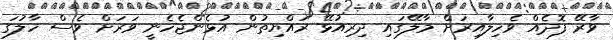
ވާރޭ ފޮދެއް ވެހިލާއިރަށް މާލޭގައި ދިރިއުޅޭ ރައްޔިތުން އުޅެންޖެހެނީ ވަރަށް ވެސް ހާލުގަ